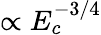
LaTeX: \propto E_{c}^{-3/4}